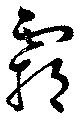
霸